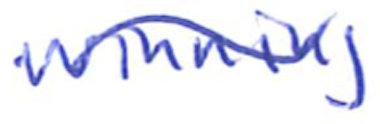
Text: winning
Cross-out: wave
Writing tool: ballpoint